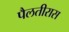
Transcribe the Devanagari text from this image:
पैलतीरास